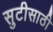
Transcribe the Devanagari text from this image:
सुटीसाठी